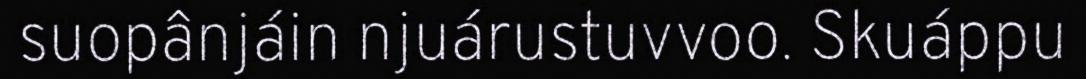
suopânjáin njuárustuvvoo. Skuáppu